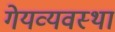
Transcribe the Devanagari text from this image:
गेयव्यवस्था